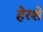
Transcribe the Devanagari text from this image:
हेरशे